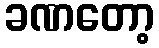
ခဏတော့